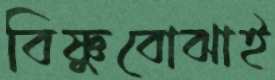
বিষ্ণুবোঝাই